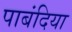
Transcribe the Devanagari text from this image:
पाबंदिया